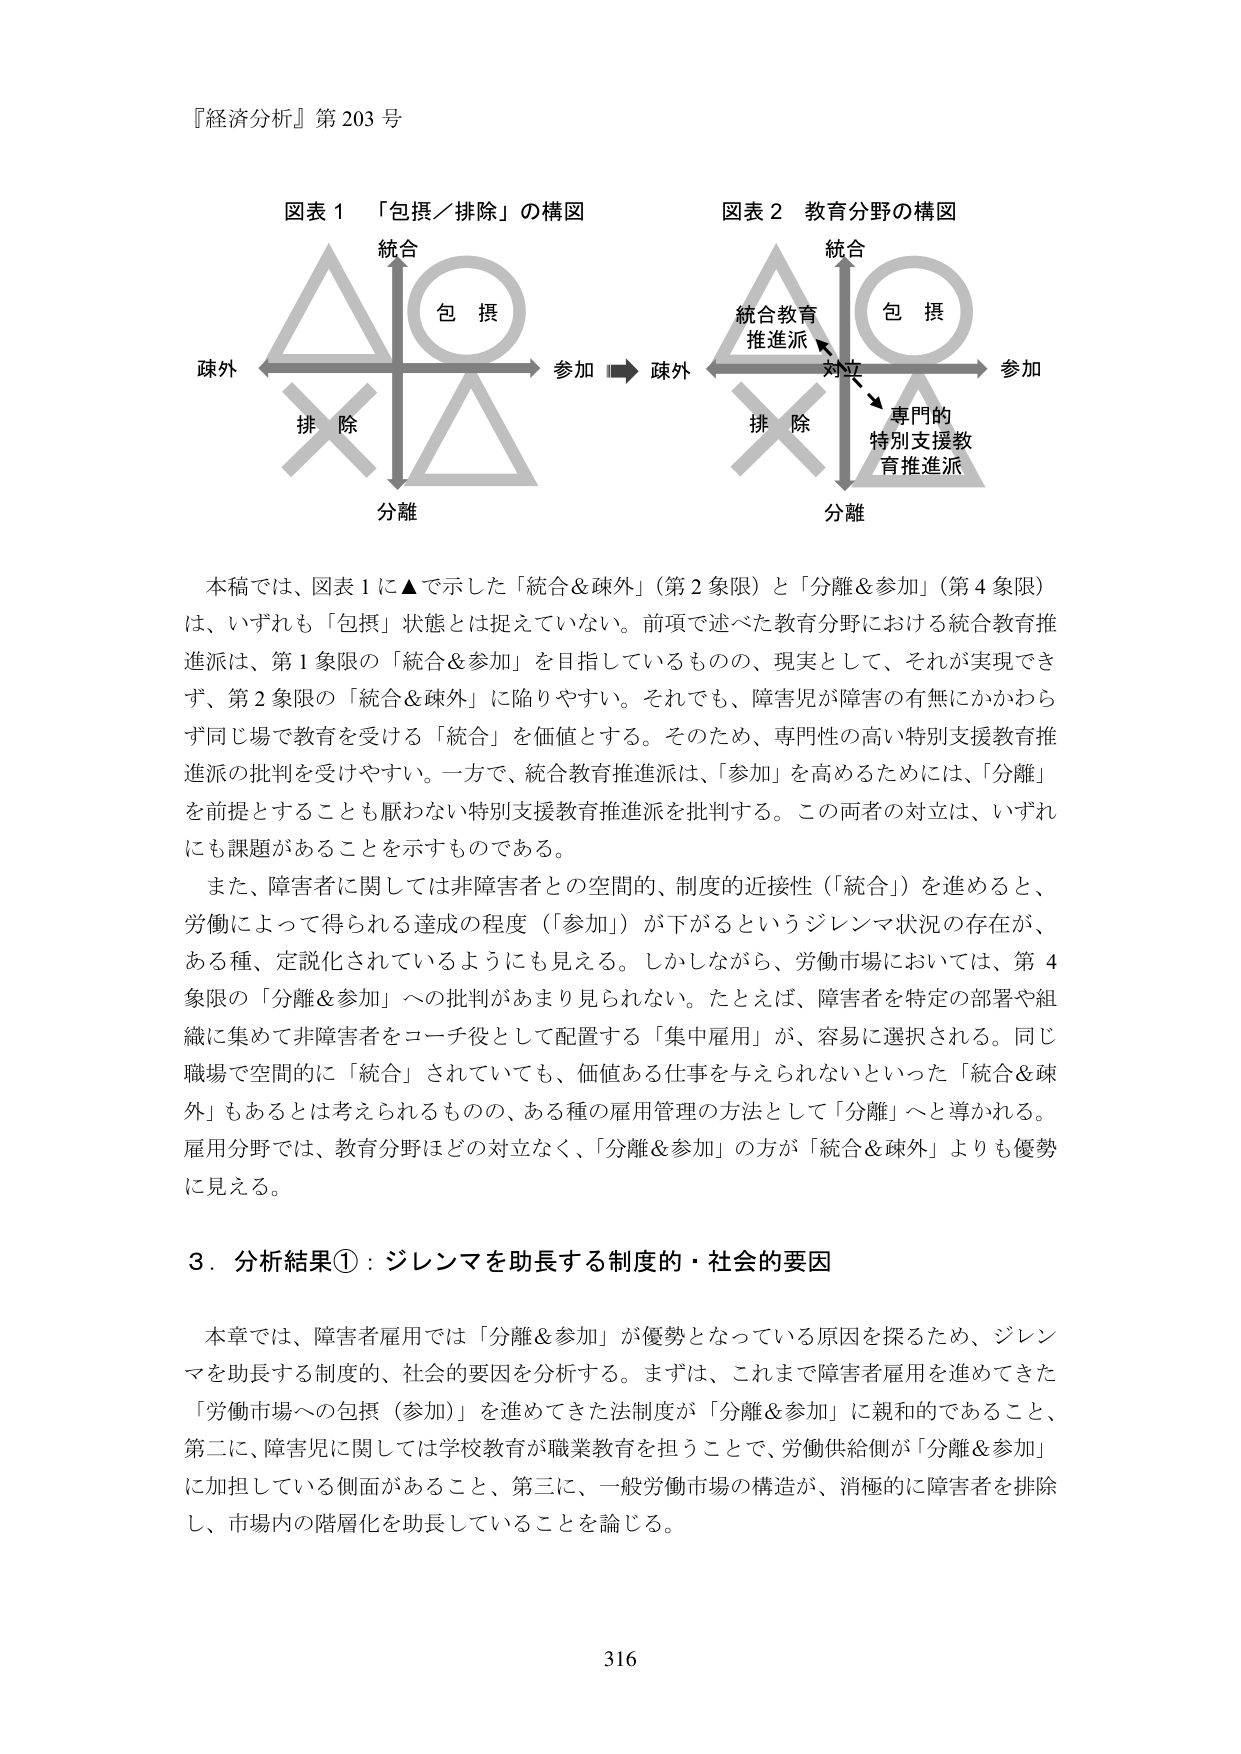
『経済分析』第203号

図表1 「包摂／排除」の構図
統合
包摂
疎外 → 参加
排除
分離

図表2 教育分野の構図
統合
統合教育
推進派
包摂
対立
専門的
特別支援教
育推進派
疎外 → 参加
排除
分離

本稿では、図表1に▲で示した「統合＆疎外」（第2象限）と「分離＆参加」（第4象限）は、いずれも「包摂」状態とは捉えていない。前項で述べた教育分野における統合教育推進派は、第1象限の「統合＆参加」を目指しているものの、現実として、それが実現できず、第2象限の「統合＆疎外」に陥りやすい。それでも、障害児が障害の有無にかかわらず同じ場で教育を受ける「統合」を価値とする。そのため、専門性の高い特別支援教育推進派の批判を受けやすい。一方で、統合教育推進派は、「参加」を高めるためには、「分離」を前提とすることも厭わない特別支援教育推進派を批判する。この両者の対立は、いずれにも課題があることを示すものである。

また、障害者に関しては非障害者との空間的、制度的近接性（「統合」）を進めると、労働によって得られる達成の程度（「参加」）が下がるというジレンマ状況の存在が、ある種、定説化されているようにも見える。しかしながら、労働市場においては、第4象限の「分離＆参加」への批判があまり見られない。たとえば、障害者を特定の部署や組織に集めて非障害者をコーチ役として配置する「集中雇用」が、容易に選択される。同じ職場で空間的に「統合」されていても、価値ある仕事を与えられないといった「統合＆疎外」もあるとは考えられるものの、ある種の雇用管理の方法として「分離」へと導かれる。雇用分野では、教育分野ほどの対立なく、「分離＆参加」の方が「統合＆疎外」よりも優勢に見える。

3．分析結果①：ジレンマを助長する制度的・社会的要因

本章では、障害者雇用では「分離＆参加」が優勢となっている原因を探るため、ジレンマを助長する制度的、社会的要因を分析する。まずは、これまで障害者雇用を進めてきた「労働市場への包摂（参加）」を進めてきた法制度が「分離＆参加」に親和的であること、第二に、障害児に関しては学校教育が職業教育を担うことで、労働供給側が「分離＆参加」に加担している側面があること、第三に、一般労働市場の構造が、消極的に障害者を排除し、市場内の階層化を助長していることを論じる。

316